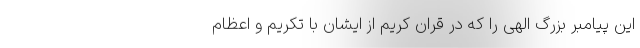
این پیامبر بزرگ الهی را که در قران کریم از ایشان با تکریم و اعظام